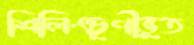
শিলিংচূর্ণীভূত